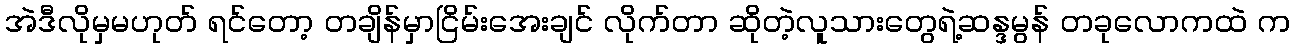
အဲဒီလိုမှမဟုတ် ရင်တော့ တချိန်မှာငြိမ်းအေးချင် လိုက်တာ ဆိုတဲ့လူသားတွေရဲ့ဆန္ဒမွန် တခုလောကထဲ က